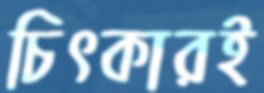
চিৎকারই